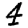
Digit: 4